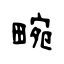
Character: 畹